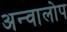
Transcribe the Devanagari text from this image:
अन्वालोप